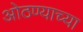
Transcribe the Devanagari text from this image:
ओठण्याच्या